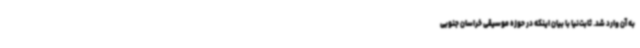
به آن وارد شد. ثابت‌نیا با بیان اینکه در حوزه موسیقی خراسان جنوبی